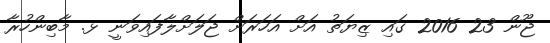
ޖޫން 23 2016 ގައި ޒިޔަތު އަށް އަހަރަށް ޖަލަށްލާފައިވަނީ ޅ. މާބިންހުރާ